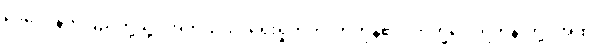
ဒေဝေ၊ နတ်ပြည်တို့သို့။ အဘိယံသု၊ ရှေးရှုတက်လာကုန်၏။ ဘိက္ခဝေ၊ ရဟန်းတို့။ အထ